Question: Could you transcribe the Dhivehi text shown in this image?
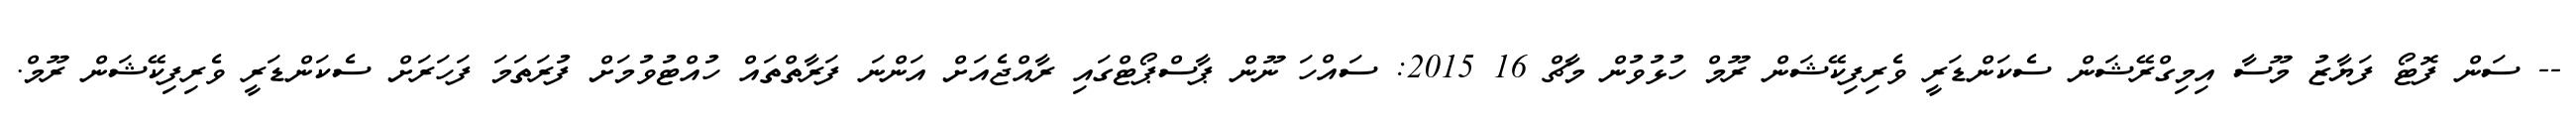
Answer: -- ސަން ފޮޓޯ ފަޔާޒު މޫސާ އިމިގްރޭޝަން ސެކަންޑަރީ ވެރިފިކޭޝަން ރޫމް ހުޅުވުން މާޗް 16 2015: ސައްހަ ނޫން ޕާސްޕޯޓްގައި ރާއްޖެއަށް އަންނަ ފަރާތްތައް ހުއްޓުވުމަށް ފުރަތަމަ ފަހަރަށް ސެކަންޑަރީ ވެރިފިކޭޝަން ރޫމް.